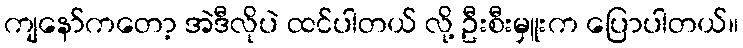
ကျနော်ကတော့ အဲဒီလိုပဲ ထင်ပါတယ် လို့ ဦးစီးမှူးက ပြောပါတယ်။